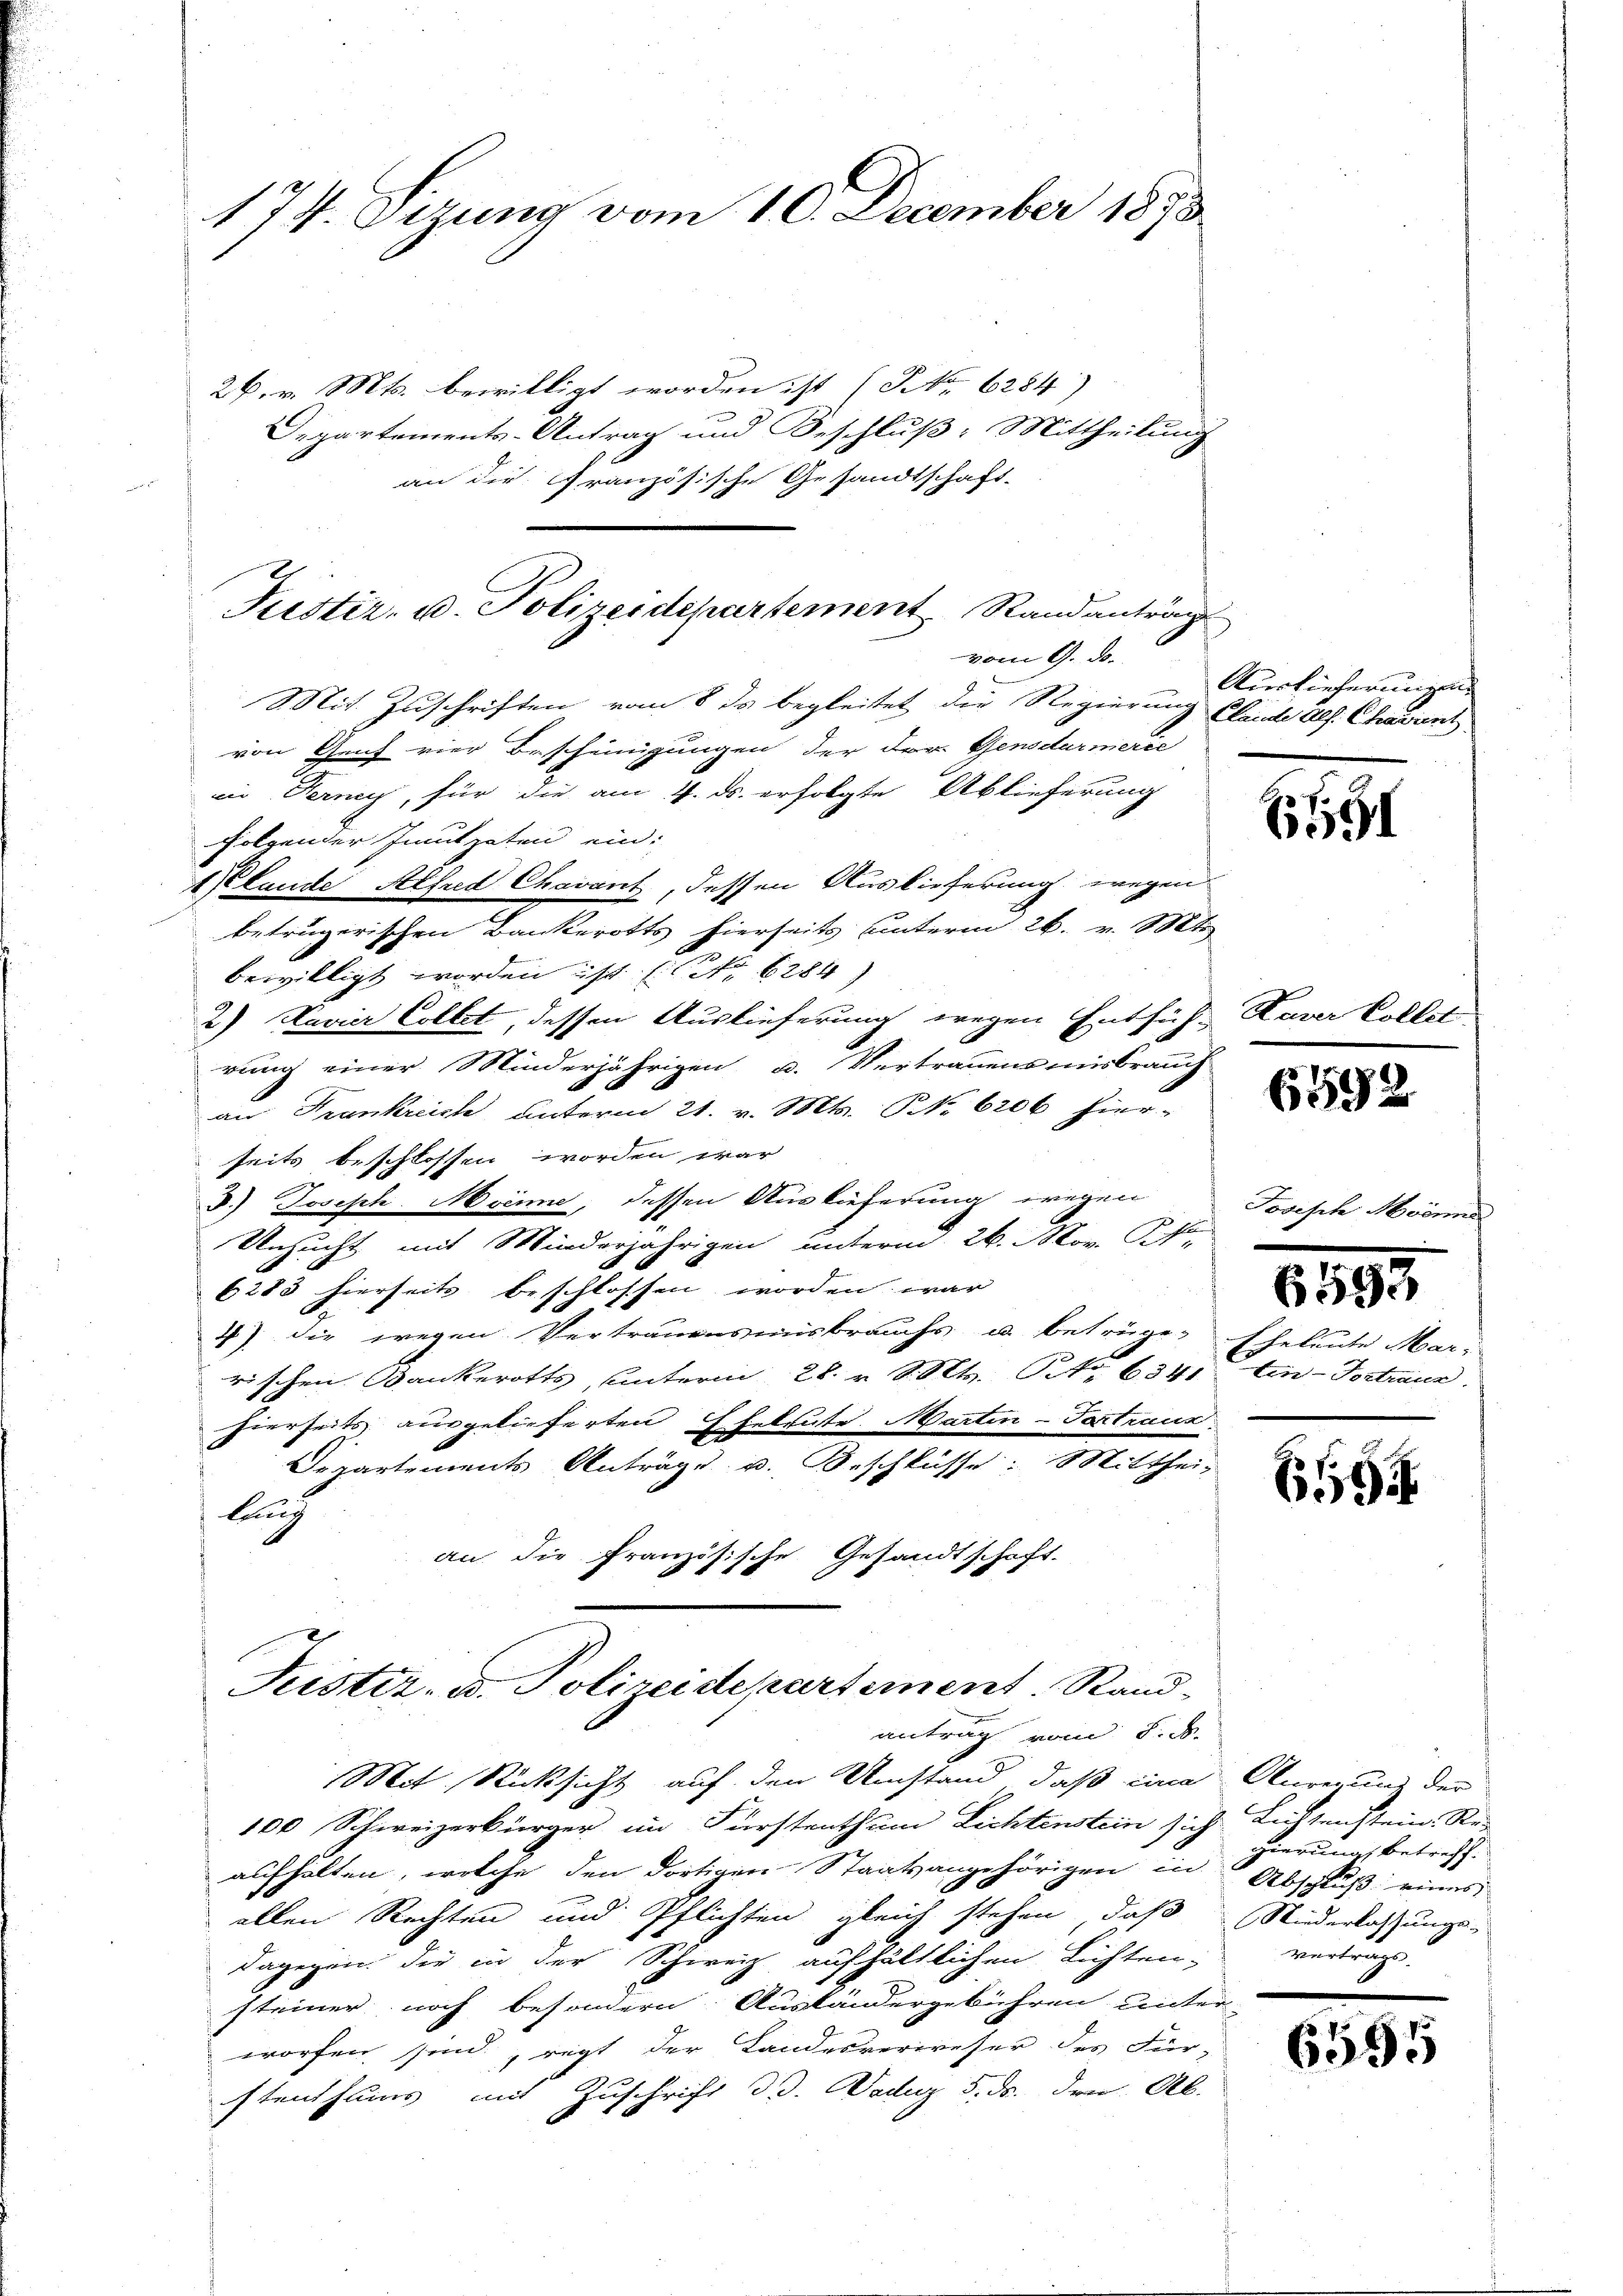
177. Sizung vom 10. December 1898
26. v. Mts. bewilligt worden ist (NNo. 6284)
Departements-Antrag und Beschluß: Mittheilung
an die Granzösische Gesandtschaft-

Justiz- u. Polizeidepartement Randanträg
vom 9. d.

Mit Zuschriften vom 8. ds begleitet die Regierung Plaude als Chassent
von Genf vier Bescheinigungen der Dr. Gensdarmerie
in Ferne, für die am 4. ds. erfolgte Ablieferung
folgender Imutheten ein:
1 lande Alfred Chavant, dessen Auslieferung wegen
betrügerischen Bankerotts hierseits unterm 26. v. Mts
bewilligt worden ist (Nr. 6284)
2) Navier Collet, dessen Auslieferung wegen Entfüh-Kaver
rung einer Minderjährigen u. Vertrauensmisbrauch
an Frankreich unterm 21. v. Mts. NNo. 6206 hierseits beschlossen worden war
3.) Joseph. Moene, dessen Auslieferung wegen
Unzucht mit Minderjährigen unterm 26. Nov. R.,
6283 hierseits beschlossen worden war
4) die wegen Vertrauensmisbrauchs u. betrüge-
rischen Bankerotts, unterm 28. v. Mts. Art. 6341 ten Vortraur
hierseits ausgelieferten Eheleute Marten-Tartraus
Departements Anträge u. Beschlüsse: Mitthei-
lang
ische Gesandtschaft.
an die Französi-

Justiz- u. Polizeidepartement. Sandantrag vom 8. d.

Mit Rücksicht auf den Umstand, daß eine Anregung der
100 Schweizerbürger im Fürstenthum Lichtenstein sich Lichtenstein. Re-
aufhalten, welche den dortigen Staatsangehörigen in Abschluß eines
allen Rechten und Pflichten gleich stehen, daß Niederlassungs-
dagegen die in der Schweiz aufhältlichen Lichten, vertrag.
steiner noch besondern. Austandergebühren unter
worfen sind, regt der Landesverweser des Für-
stenthums mit Zuschrift d. Dad 5. ds. den Al.

Auslieferungen

6091

659.

Collet

Echeleute Mar-

1201

6194

Todisch Mrönne

gierung betreff.

6595